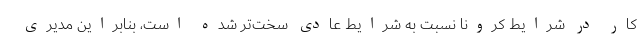
کار در شرایط کرونا نسبت به شرایط عادی سخت‌تر شده است، بنابراین مدیری